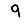
Digit: 9